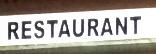
restaurant